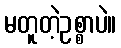
မတူတဲ့ဥစ္စာပဲ။